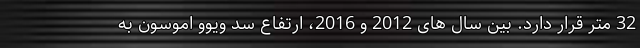
32 متر قرار دارد. بین سال های 2012 و 2016، ارتفاع سد ویوو اموسون به